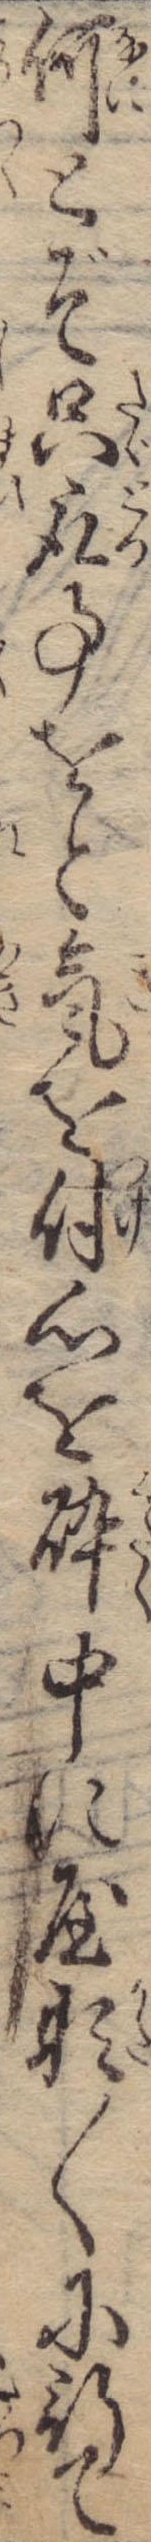
何とぞ只取事をと気を付心を砕中に屋形〱に行て